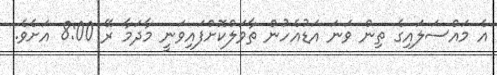
އެ މައްސަލައިގެ ތިން ވަނަ އަޑުއެހުން ތާވަލްކޮށްފައިވަނީ މާދަމާ ރޭ 8:00 އަށެވެ.